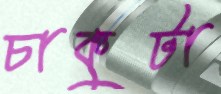
চাকুটা